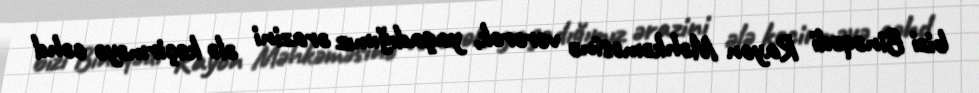
bizi Binəqədi Rayon Məhkəməsinə verərək, yaşadığımız ərazini ələ keçirməyə cəhd